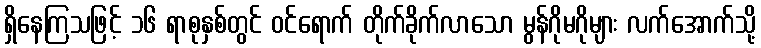
ရှိနေကြသဖြင့် ၁၆ ရာစုနှစ်တွင် ဝင်ရောက် တိုက်ခိုက်လာသော မွန်ဂိုမဂိုများ လက်အောက်သို့